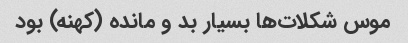
موس شکلات‌ها بسیار بد و مانده (کهنه) بود